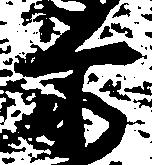
赤